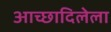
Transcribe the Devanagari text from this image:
आच्छादिलेला